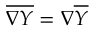
\overline { { \nabla Y } } = \nabla \overline { { Y } }